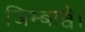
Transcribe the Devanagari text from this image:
जिम्बाब्वे।